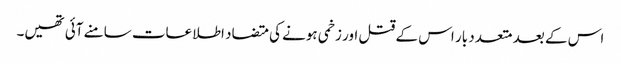
اس کے بعد متعدد بار اس کے قتل اور زخمی ہونے کی متضاد اطلاعات سامنے آئی تھیں۔